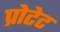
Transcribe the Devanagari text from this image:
प्रोटेट